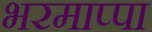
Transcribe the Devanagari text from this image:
भरमाप्पा